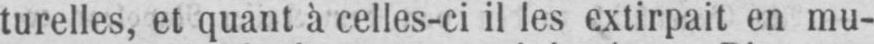
turelles, et quant à celles-ci il les extirpait en mu-